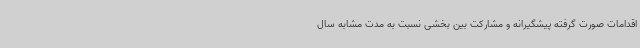
اقدامات صورت گرفته پیشگیرانه و مشارکت بین بخشی نسبت به مدت مشابه سال